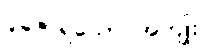
ပူဇော်ရသော အကျိုး။